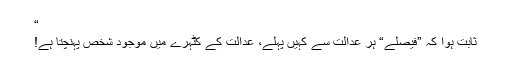
“
ثابت ہوا کہ ”فیصلے“ ہر عدالت سے کہیں پہلے، عدالت کے کٹہرے میں موجود شخص پہنچتا ہے!